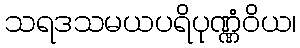
သရဒသမယပရိပုဏ္ဏံဝိယ၊